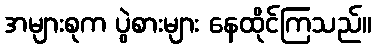
အများစုက ပွဲစားများ နေထိုင်ကြသည်။